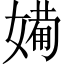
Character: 𱙨